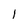
Character: 1